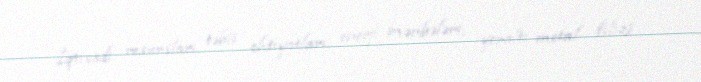
İqtisadi resursları, təbii ehtiyatları, enerji mənbələri, yeraltı metal filizi